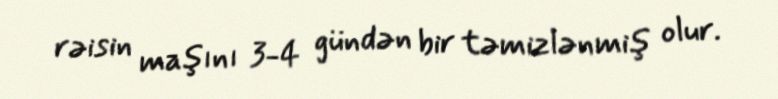
rəisin maşını 3-4 gündən bir təmizlənmiş olur.